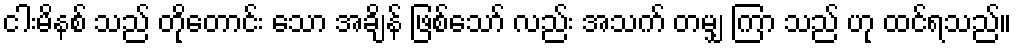
ငါးမိနစ် သည် တိုတောင်း သော အချိန် ဖြစ်သော် လည်း အသက် တမျှ ကြာ သည် ဟု ထင်ရသည်။